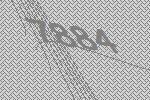
7884